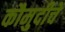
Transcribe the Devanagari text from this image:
कौमुदीचे